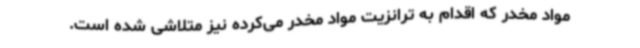
مواد مخدر که اقدام به ترانزیت مواد مخدر می‌کرده نیز متلاشی شده است.